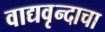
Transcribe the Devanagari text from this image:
वाद्यवृन्दाचा